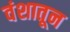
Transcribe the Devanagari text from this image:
वंशातून